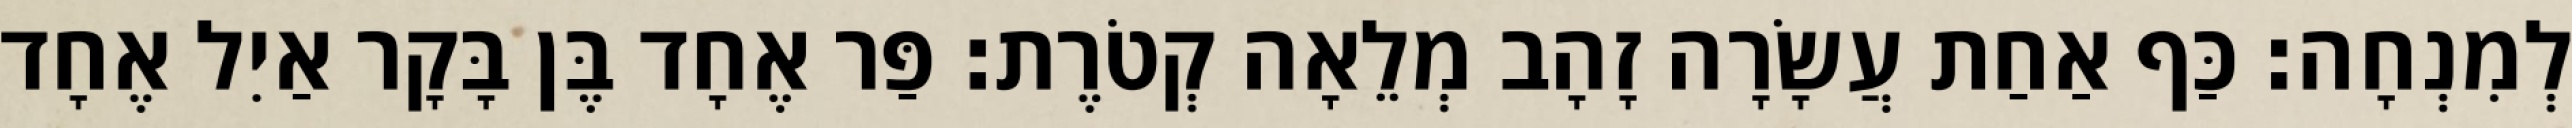
לְמִנְחָה׃ כַּף אַחַת עֲשָׂרָה זָהָב מְלֵאָה קְטֹרֶת׃ פַּר אֶחָד בֶּן בָּקָר אַיִל אֶחָד